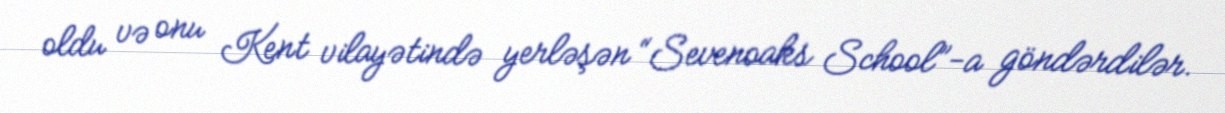
oldu və onu Kent vilayətində yerləşən “Sevenoaks School”-a göndərdilər.